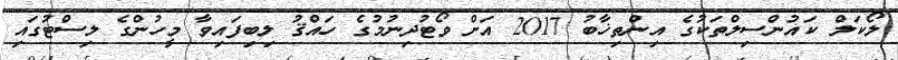
ލޯކަލް ކައުންސިލްތަކުގެ އިންތިޚާބު 2017 އަށް ވޯޓުދިނުމުގެ ހައްޤު ލިބިފައިވާ މީހުންގެ ލިސްޓުގައި